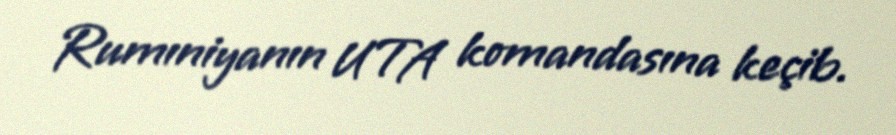
Rumıniyanın UTA komandasına keçib.